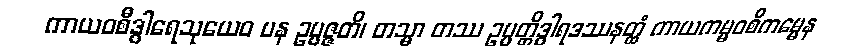
ကာယဝစီဒွါရေသုယေဝ ပန ဥပ္ပဇ္ဇတိ၊ တသ္မာ တဿ ဥပ္ပတ္တိဒွါရဒဿနတ္ထံ ကာယကမ္မဝစီကမ္မေန